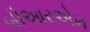
બીઆરએમ